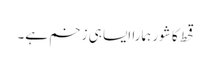
قحط کا شور ہمارا ایسا ہی زخم ہے۔